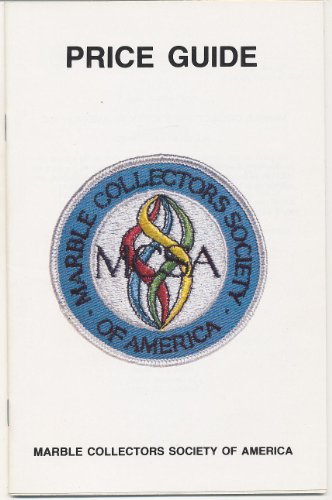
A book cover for Marble Collectors Society of America Price Guide 85; Marble Collectors Society of America; Crafts, Hobbies & Home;